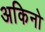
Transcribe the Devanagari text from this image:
अकिनो